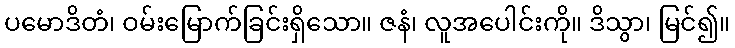
ပမောဒိတံ၊ ဝမ်းမြောက်ခြင်းရှိသော။ ဇနံ၊ လူအပေါင်းကို။ ဒိသွာ၊ မြင်၍။